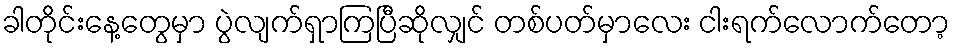
ခါတိုင်းနေ့တွေမှာ ပွဲလျက်ရှာကြပြီဆိုလျှင် တစ်ပတ်မှာလေး ငါးရက်လောက်တော့